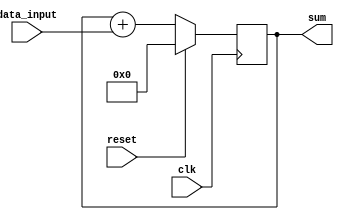
module accumulator (
    input wire clk,
    input wire reset,
    input wire [7:0] data_input,
    output reg [15:0] sum
);

reg [15:0] accumulator_sum;

always @(posedge clk) begin
    if (reset) begin
        accumulator_sum <= 16'b0;
    end else begin
        accumulator_sum <= accumulator_sum + data_input;
    end
end

assign sum = accumulator_sum;

endmodule